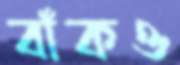
বাঁকও